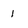
Character: 1